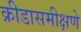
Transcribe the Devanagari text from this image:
क्रीडासमीक्षणे